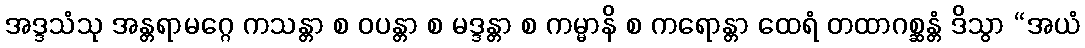
အဒ္ဒသံသု အန္တရာမဂ္ဂေ ကသန္တာ စ ဝပန္တာ စ မဒ္ဒန္တာ စ ကမ္မာနိ စ ကရောန္တာ ထေရံ တထာဂစ္ဆန္တံ ဒိသွာ “အယံ